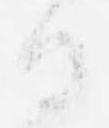
白